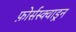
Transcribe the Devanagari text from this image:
फ़ोर्सस्क्वाड्रन